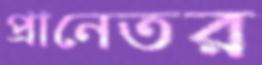
প্রানেতর